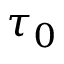
\tau _ { 0 }